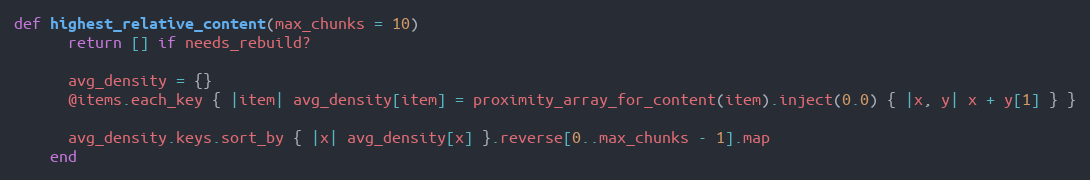
Language: Ruby
def highest_relative_content(max_chunks = 10)
      return [] if needs_rebuild?

      avg_density = {}
      @items.each_key { |item| avg_density[item] = proximity_array_for_content(item).inject(0.0) { |x, y| x + y[1] } }

      avg_density.keys.sort_by { |x| avg_density[x] }.reverse[0..max_chunks - 1].map
    end